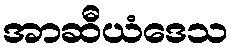
အာဆီယံဒေသ